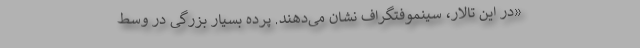
«در این تالار، سینِموفتُگراف نشان می‌دهند. پرده بسیار بزرگی در وسط